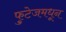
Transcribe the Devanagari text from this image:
फुटेजमधून